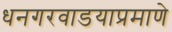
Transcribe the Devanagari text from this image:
धनगरवाडयाप्रमाणे